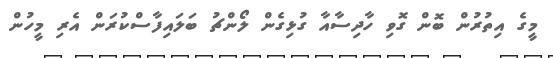
މީގެ އިތުރުން ބޮން ގޮވި ހާދިސާއާ ގުޅިގެން ލޯންޗު ބަލައިފާސްކުރަން އެރި މީހުން